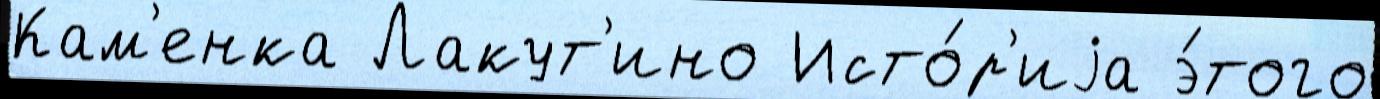
Кам'енка Лакут'ино Исто́р'иjа э́того